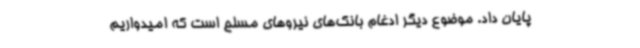
پایان داد. موضوع دیگر ادغام بانک‌های نیروهای مسلح است که امیدواریم